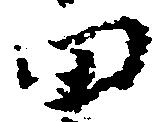
田